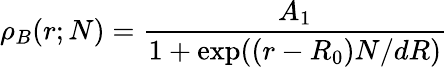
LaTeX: \rho_{B}(r;N)=\frac{A_{1}}{1+\mathrm{exp}((r-R_{0})N/dR)}